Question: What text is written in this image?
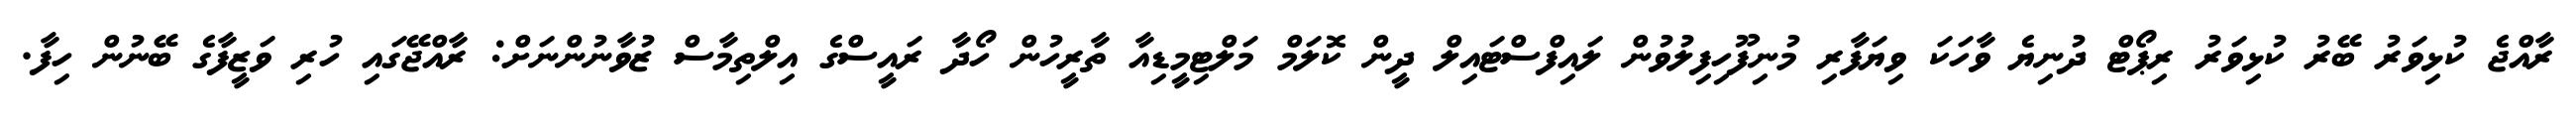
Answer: ރާއްޖެ ކުޅިވަރު ބޭރު ކުޅިވަރު ރިޕޯޓް ދުނިޔެ ވާހަކަ ވިޔަފާރި މުނިފޫހިފިލުވުން ލައިފްސްޓައިލް ދީން ކޮލަމް މަލްޓިމީޑިއާ ތާރީހުން ހޯދާ ރައީސްގެ އިލްތިމާސް ޒުވާނުންނަށް: ރާއްޖޭގައި ހުރި ވަޒީފާގެ ބޭނުން ހިފާ.